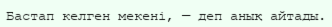
Бастап келген мекені, — деп анық айтады.